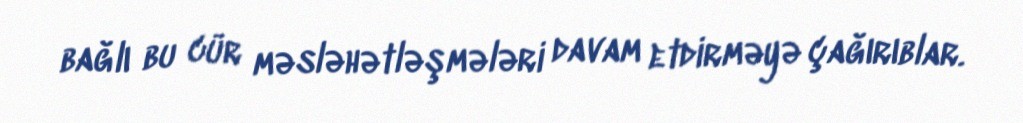
bağlı bu cür məsləhətləşmələri davam etdirməyə çağırıblar.